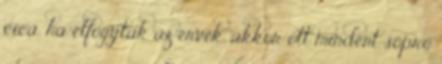
cica, ha elfogytak az érvek, akkor ott mindent söprő